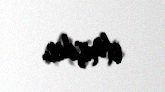
etmişdir.